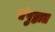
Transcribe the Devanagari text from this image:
संपुष्ठात